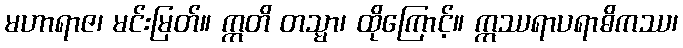
မဟာရာဇ၊ မင်းမြတ်။ ဣတိ တသ္မာ၊ ထိုကြောင့်။ ဣဿရာပရာဓိကဿ၊